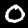
Digit: 0